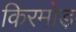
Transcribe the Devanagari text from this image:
किरमोड़